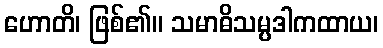
ဟောတိ၊ ဖြစ်၏။ သမာဓိသမ္ပဒါကထာယ၊